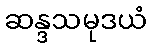
ဆန္ဒသမုဒယံ